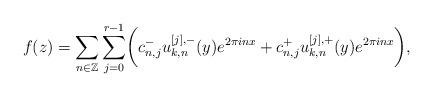
LaTeX: \begin{align*}f(z) = \sum_{n \in \mathbb{Z}} \sum_{j=0}^{r-1} \biggl(c_{n,j}^- u_{k,n}^{[j],-}(y)e^{2\pi i n x} + c_{n,j}^+ u_{k,n}^{[j],+}(y)e^{2\pi i n x} \biggr),\end{align*}